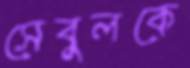
সেবুলকে